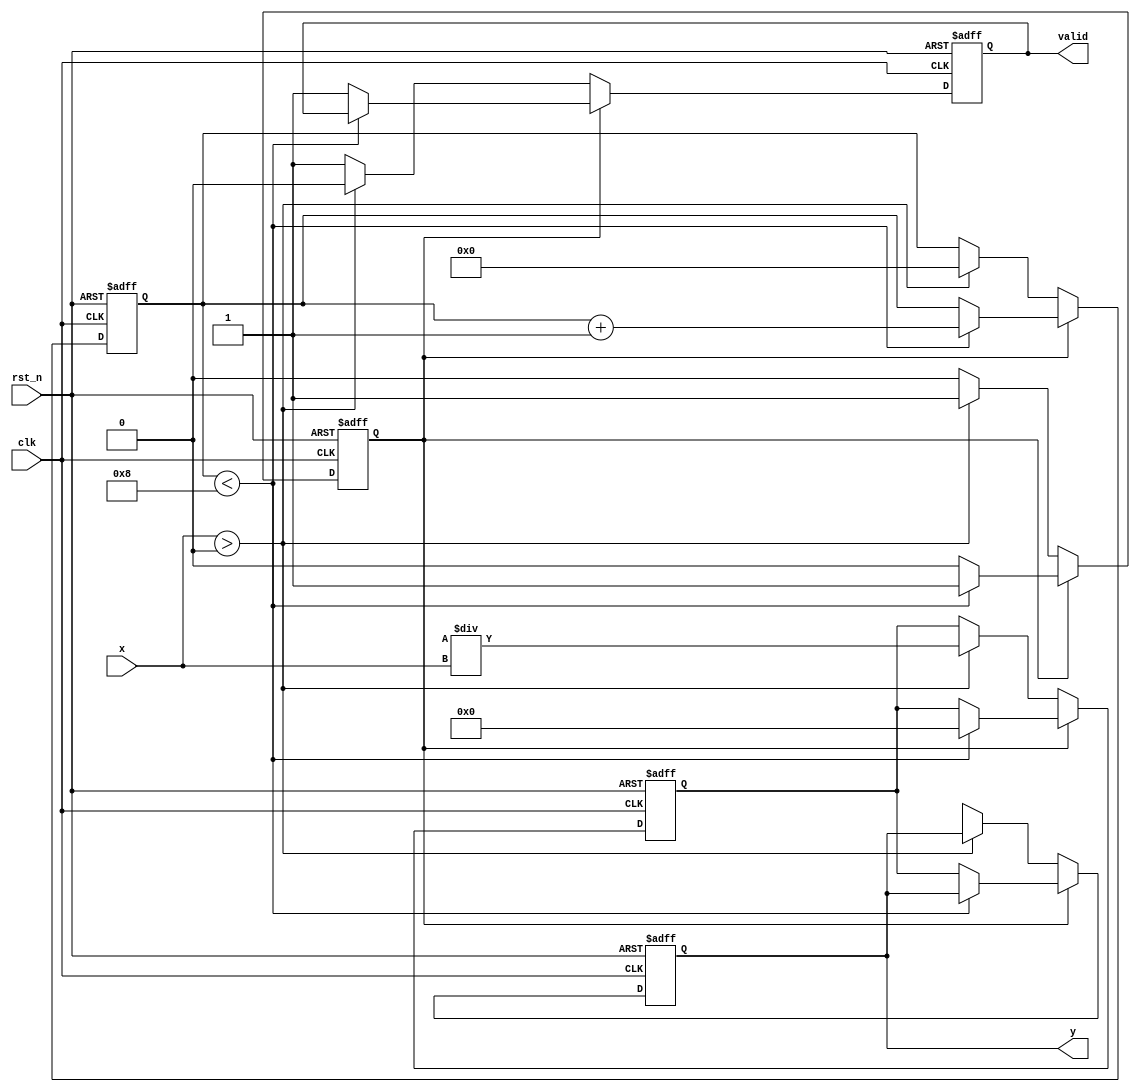
module binary_fractional_reciprocal #(
    parameter N = 16,  // Width of input
    parameter M = 32   // Width of output (M > N)
)(
    input wire clk,            // Clock signal
    input wire rst_n,          // Active low reset
    input wire [N-1:0] x,      // Input: binary fractional number (0 < x < 1)
    output reg [M-1:0] y,      // Output: reciprocal of x (1/x)
    output reg valid           // Output: indicates valid result
);

    // Internal registers
    reg [M-1:0] approx;       // Current approximation of the reciprocal
    reg [3:0] iteration;       // Iteration counter
    reg calculating;           // Flag to indicate if calculation is ongoing

    // Constants
    localparam MAX_ITER = 8;   // Maximum number of iterations for convergence

    // Reset and initialization
    always @(posedge clk or negedge rst_n) begin
        if (!rst_n) begin
            y <= 0;
            approx <= 0;
            iteration <= 0;
            calculating <= 0;
            valid <= 0;
        end else begin
            if (calculating) begin
                if (iteration < MAX_ITER) begin
                    // Newton-Raphson iteration: approx = approx * (2 - x * approx)
                    approx <= approx * (2**M - x * approx) >> M;
                    iteration <= iteration + 1;
                end else begin
                    // Finished calculation
                    y <= approx;
                    valid <= 1;
                    calculating <= 0;
                end
            end
            // Start calculation when a new input is provided
            else if (x > 0) begin
                approx <= (1 << M) / x; // Initial approximation (1/x)
                iteration <= 0;
                calculating <= 1;
                valid <= 0;
            end else begin
                // Handle edge case: input is zero
                y <= {M{1'bx}}; // Undefined reciprocal
                valid <= 1;
            end
        end
    end

endmodule